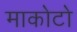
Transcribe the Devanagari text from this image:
माकोटो